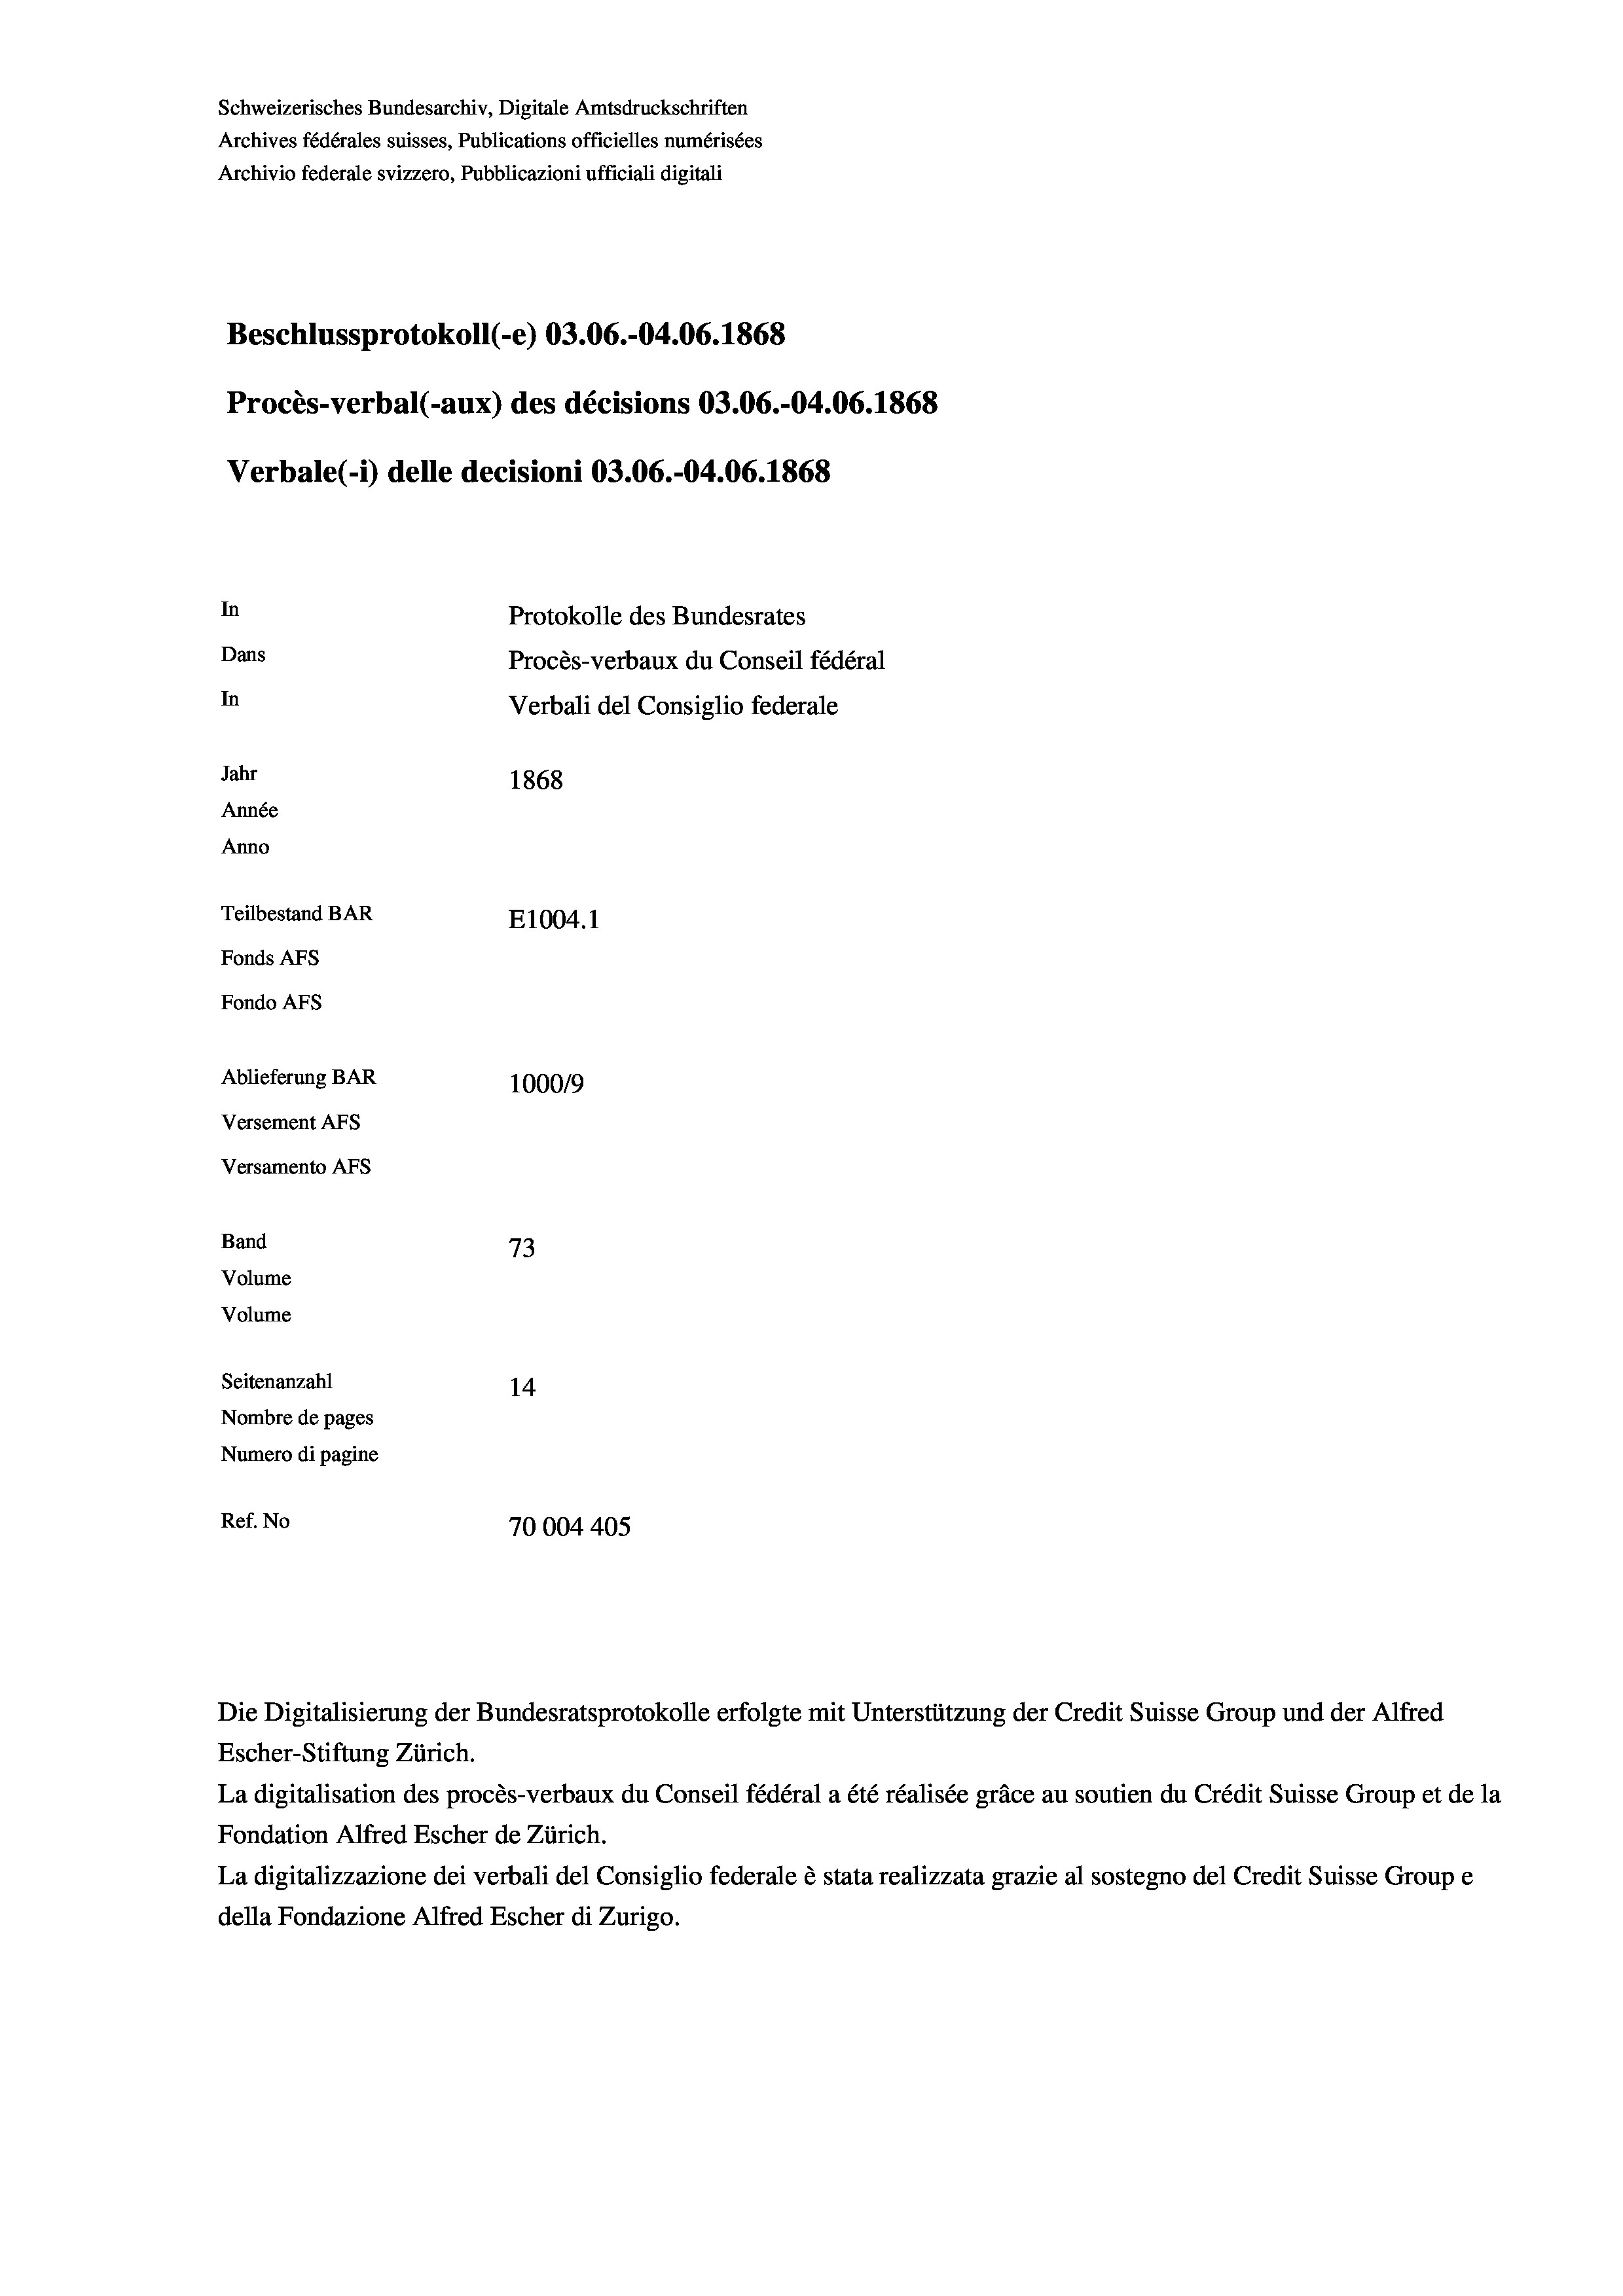
Schweizerisches Bundesarchiv, Digitale Amtsdruckschriften
Archives fédérales suisses, Publications officielles numérisées
Archivio federale svizzero, Pubblicazioni ufficiali digitali
Beschlussprotokoll (-e) 03.06.-04.06. 1868
Procès-verbal (-aux) des décisions 03.06.-04.06. 1868
Verbale (- 1) delle decisioni 03.06.-04.06. 1868
In
Protokolle des Bundesrates
Dans
Procès-verbaux du Conseil fédéral
In
Verbali del Consiglio federale
Jahr
1868
Année
Anno
Teilbestand BAR
E1004. 1
Fonds AFs
Fondo Afs
Ablieferung BAR
100019
Versement AFs
Versamento AFs
Band
73
Volume
Volume
Seitenanzahl
14
Nombre de pages
Numero di pagine
Ref. No
70004405

La digitalisation des procès-verbaux du Conseil fédéral a été réalisée gräce au soutien du Crédit Suisse Group et de la
Fondation Alfred Escher de Zürich.
La digitalizzazione dei verbali del Consiglio federale è stata realizzata grazie al sostegno del Credit Suisse Groupe
della Fondazione Alfred Escher di Zurigo.

Die Digitalisierung der Bundesratsprotokolle erfolgte mit Unterstützung der Credit Suisse Group und der Alfred
Escher-Stiftung Zürich.